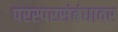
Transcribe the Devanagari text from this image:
परस्परसंबंधावर